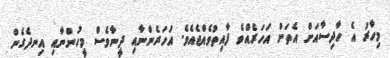
މިހާރު އެ ހާދިސާއަށް އެތަށް އަހަރެއްވެ ފާއިތުވެއްޖެއެވެ. އަހަރެންނާއި ދީނާވެސް މީހުންނާއި އިނދެގެން